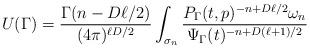
LaTeX: \begin{align*} U(\Gamma)= \frac{\Gamma(n-D\ell/2)}{(4\pi)^{\ell D/2}}\int_{\sigma_n} \frac{P_\Gamma(t,p)^{-n +D\ell/2} \omega_n}{\Psi_\Gamma(t)^{-n + D(\ell +1)/2}}\end{align*}